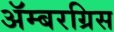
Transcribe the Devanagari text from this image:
ॲम्बरग्रिस